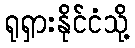
ရုရှားနိုင်ငံသို့